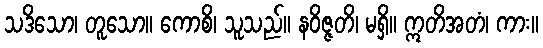
သဒိသော၊ တူသော။ ကောစိ၊ သူသည်။ နဝိဇ္ဇတိ၊ မရှိ။ ဣတိအတံ၊ ကား။